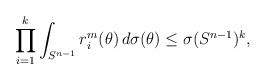
LaTeX: \begin{align*}\prod_{i=1}^k \int_{S^{n-1}} r^m_{i}(\theta) \, d \sigma(\theta)\le \sigma(S^{n-1})^k,\end{align*}